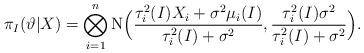
LaTeX: \begin{align*}\pi_I(\vartheta|X) = \bigotimes_{i=1}^n \mathrm{N}\Big(\frac{\tau_i^2(I) X_i+\sigma^2\mu_i(I)}{\tau_i^2(I)+\sigma^2}, \frac{\tau_i^2(I)\sigma^2}{\tau_i^2(I)+\sigma^2}\Big).\end{align*}